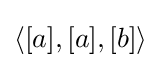
\langle [a],[a],[b]\rangle